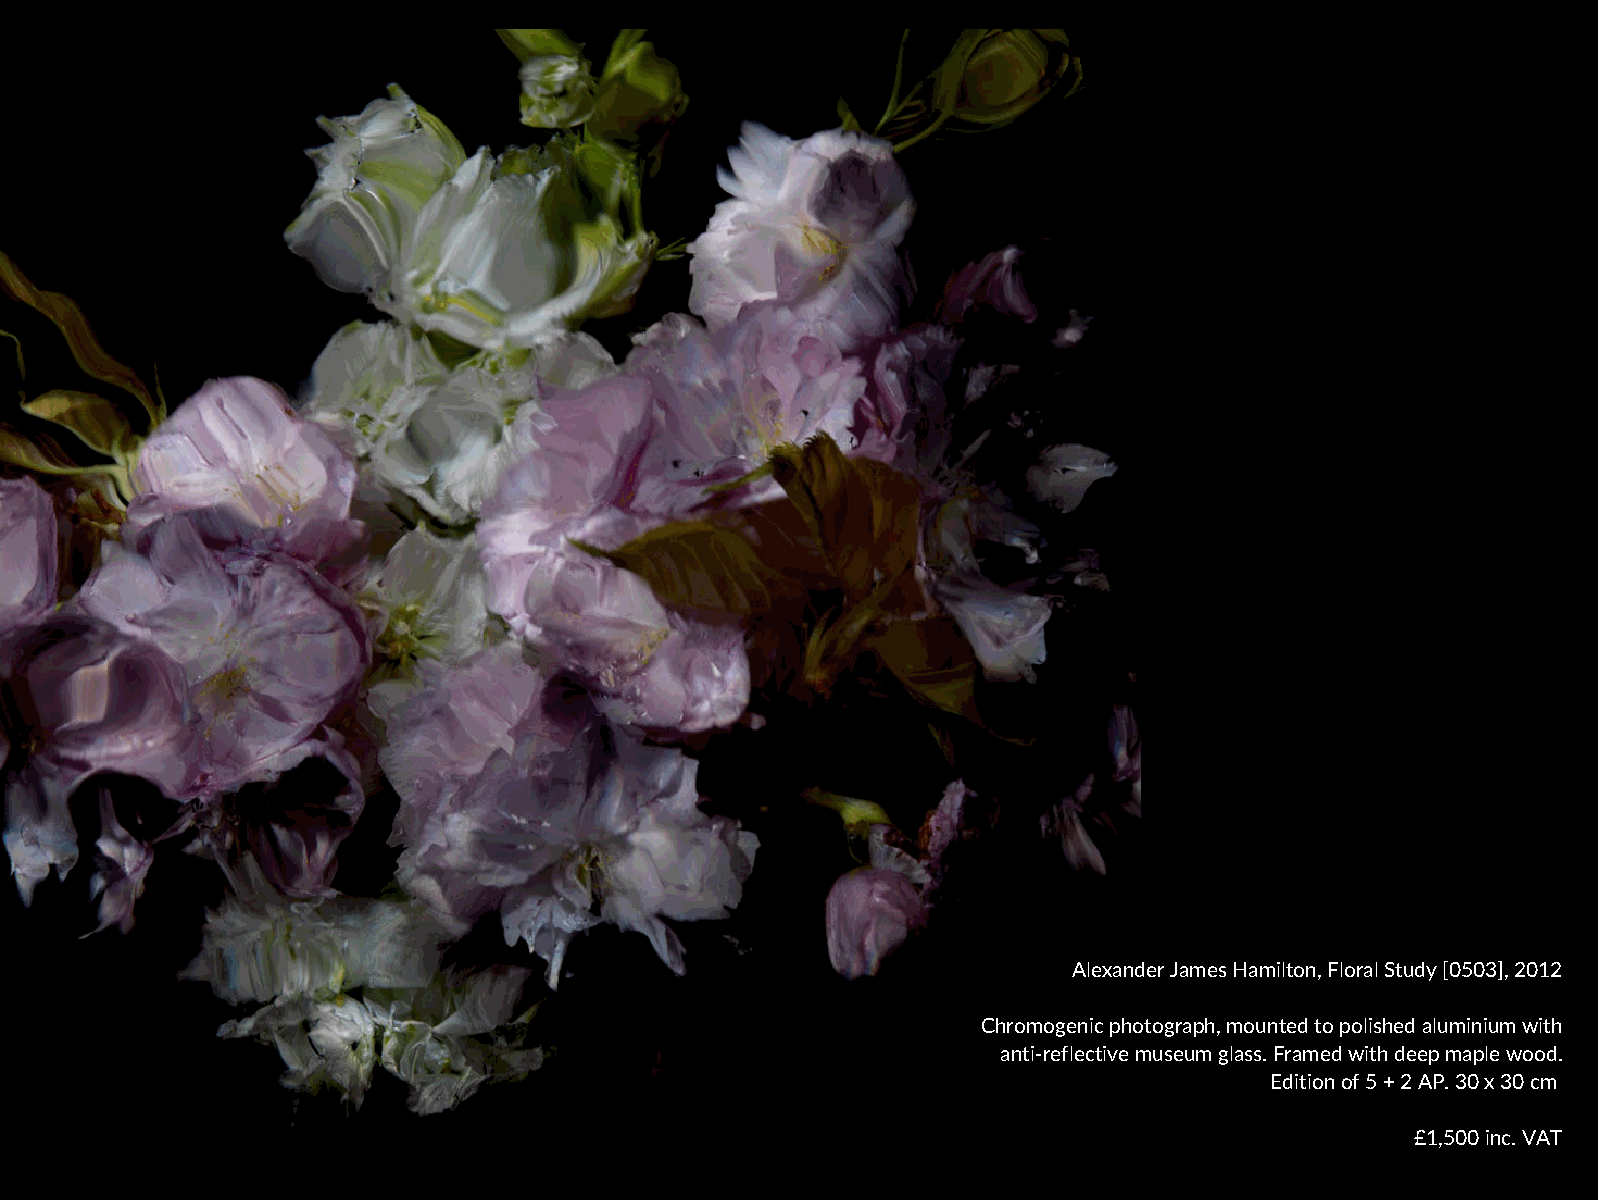
Alexander James Hamilton, Floral Study [0503], 2012
 Chromogenic photograph, mounted to polished aluminium with
 anti-reflective museum glass. Framed with deep maple wood.
 Edition of 5 + 2 AP. 30 x 30 cm
 £1,500 inc. VAT